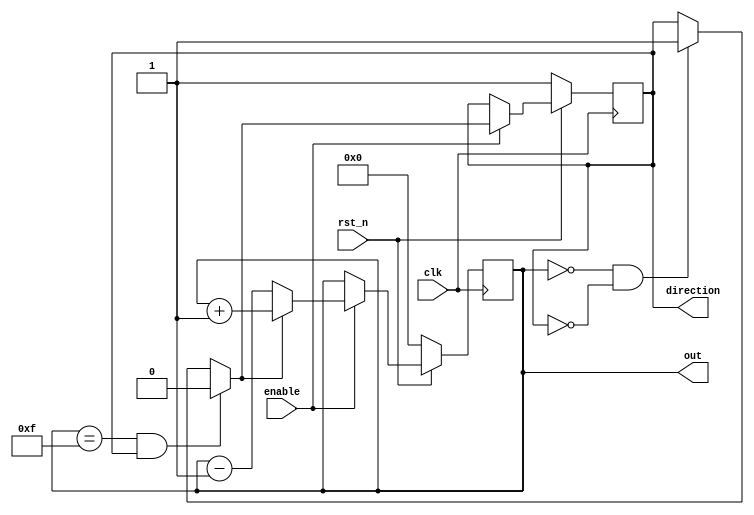
`timescale 1ns/1ps

module Ping_Pong_Counter (clk, rst_n, enable, direction, out);
input clk, rst_n;
input enable;
output reg direction;
output reg [4-1:0] out;

parameter max = 4'b1111;
parameter min = 4'b0000;

reg next_dir;
wire [3:0] next_out;

assign next_out = (next_dir)? (out + 1'b1) : (out - 1'b1);

always @ (posedge clk) begin
    if(rst_n) begin
       if(enable) begin
            direction <= next_dir;
            out <= next_out;
       end 
    end
    else begin
        out <= 4'b0000;
        direction <= 1'b1;
    end
end

always @(*) begin
if(out == max & direction) next_dir = 0;
else if(out == min & !direction) next_dir = 1;
else next_dir = direction;
end

endmodule